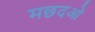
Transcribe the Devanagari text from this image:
मछदओ